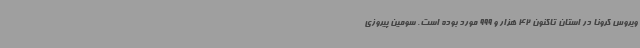
ویروس کرونا در استان تاکنون 42 هزار و 999 مورد بوده است. سومین پیروزی